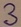
Text: 3